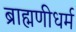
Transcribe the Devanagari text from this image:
ब्राह्मणीधर्म